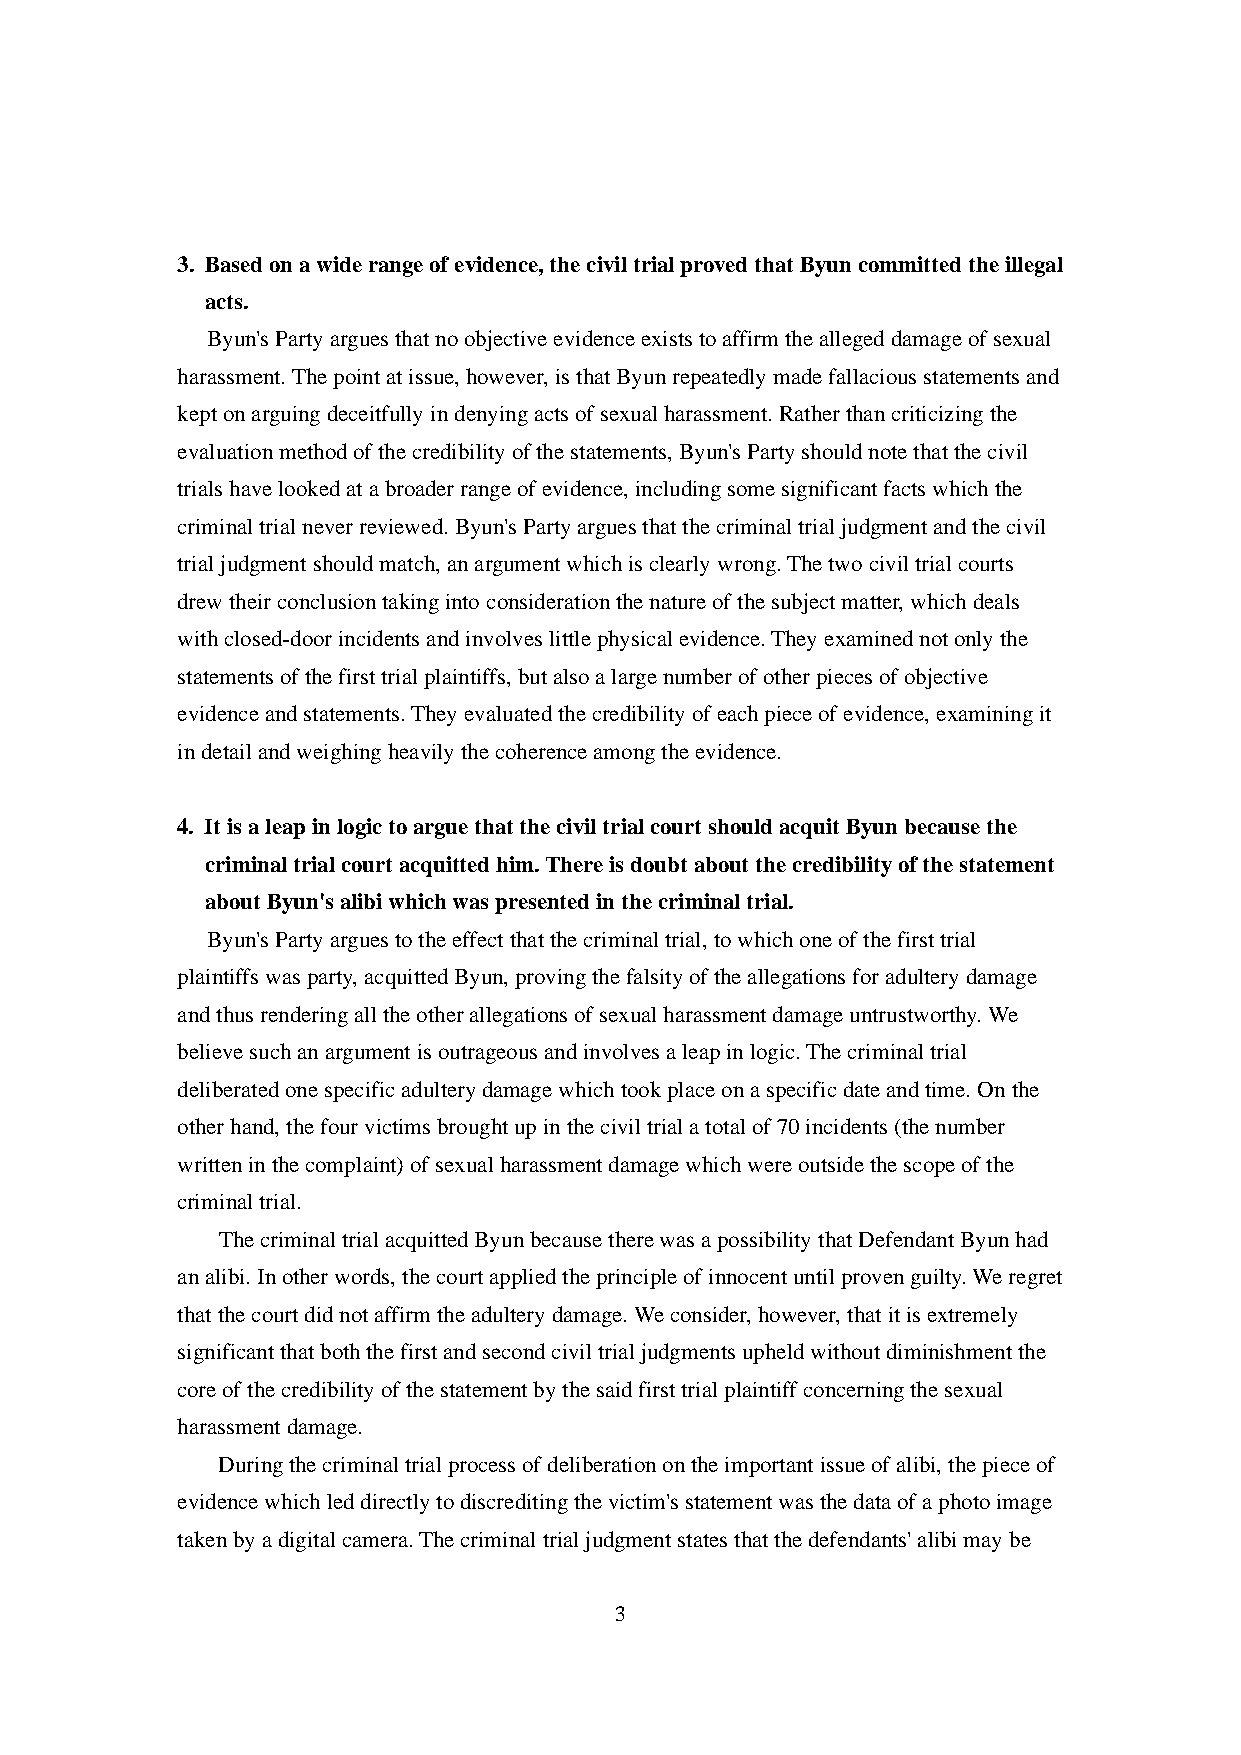
3. Based on a wide range of evidence, the civil trial proved that Byun committed the illegal
 acts.
 Byun's Party argues that no objective evidence exists to affirm the alleged damage of sexual
 harassment. The point at issue, however, is that Byun repeatedly made fallacious statements and
 kept on arguing deceitfully in denying acts of sexual harassment. Rather than criticizing the
 evaluation method of the credibility of the statements, Byun's Party should note that the civil
 trials have looked at a broader range of evidence, including some significant facts which the
 criminal trial never reviewed. Byun's Party argues that the criminal trial judgment and the civil
 trial judgment should match, an argument which is clearly wrong. The two civil trial courts
 drew their conclusion taking into consideration the nature of the subject matter, which deals
 with closed-door incidents and involves little physical evidence. They examined not only the
 statements of the first trial plaintiffs, but also a large number of other pieces of objective
 evidence and statements. They evaluated the credibility of each piece of evidence, examining it
 in detail and weighing heavily the coherence among the evidence.
 4. It is a leap in logic to argue that the civil trial court should acquit Byun because the
 criminal trial court acquitted him. There is doubt about the credibility of the statement
 about Byun's alibi which was presented in the criminal trial.
 Byun's Party argues to the effect that the criminal trial, to which one of the first trial
 plaintiffs was party, acquitted Byun, proving the falsity of the allegations for adultery damage
 and thus rendering all the other allegations of sexual harassment damage untrustworthy. We
 believe such an argument is outrageous and involves a leap in logic. The criminal trial
 deliberated one specific adultery damage which took place on a specific date and time. On the
 other hand, the four victims brought up in the civil trial a total of 70 incidents (the number
 written in the complaint) of sexual harassment damage which were outside the scope of the
 criminal trial.
 The criminal trial acquitted Byun because there was a possibility that Defendant Byun had
 an alibi. In other words, the court applied the principle of innocent until proven guilty. We regret
 that the court did not affirm the adultery damage. We consider, however, that it is extremely
 significant that both the first and second civil trial judgments upheld without diminishment the
 core of the credibility of the statement by the said first trial plaintiff concerning the sexual
 harassment damage.
 During the criminal trial process of deliberation on the important issue of alibi, the piece of
 evidence which led directly to discrediting the victim's statement was the data of a photo image
 taken by a digital camera. The criminal trial judgment states that the defendants' alibi may be
 3